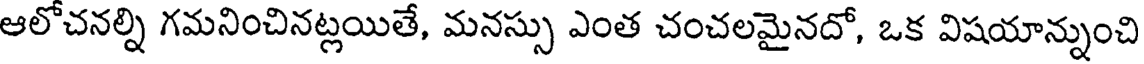
ఆలోచనల్ని గమనించినట్లయితే, మనస్సు ఎంత చంచలమైనదో, ఒక విషయాన్నుంచి